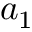
a _ { 1 }